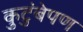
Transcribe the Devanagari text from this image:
कुटुंबेपण